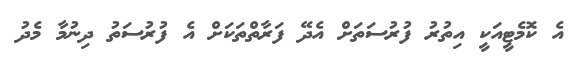
އެ ކޮމެޓީއަކީ އިތުރު ފުރުސަތަށް އެދޭ ފަރާތްތަކަށް އެ ފުރުސަތު ދިނުމާ މެދު